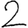
Digit: 2